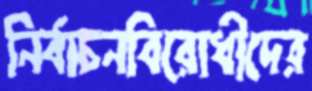
নির্বাচনবিরোধীদের